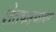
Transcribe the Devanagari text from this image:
शेतकऱ्यावर